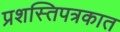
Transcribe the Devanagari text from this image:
प्रशस्तिपत्रकात